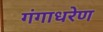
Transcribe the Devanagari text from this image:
गंगाधरेण